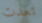
تعدت